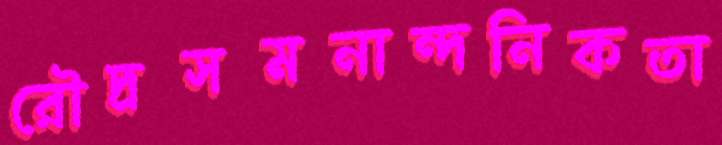
রৌদ্রসমনান্দনিকতা